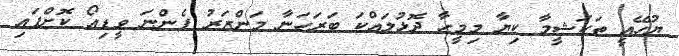
ޔުހޭއީ ތަކަޝީމާ ކިޔާ މިމީހާ ދޮޅުލައްކަ ބަރަހަނާ މަންޒަރު ފެންނަ ވީޑިއޯ ކޮށްފައި